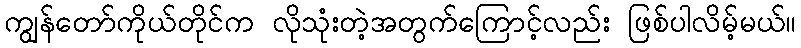
ကျွန်တော်ကိုယ်တိုင်က လိုသုံးတဲ့အတွက်ကြောင့်လည်း ဖြစ်ပါလိမ့်မယ်။